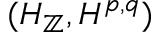
( H _ { \mathbb { Z } } , H ^ { p , q } )